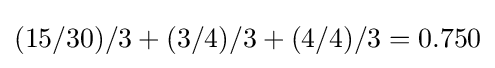
(15/30)/3+(3/4)/3+(4/4)/3=0.750